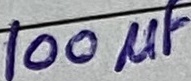
Text: 100µF